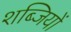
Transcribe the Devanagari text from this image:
शब्जियों